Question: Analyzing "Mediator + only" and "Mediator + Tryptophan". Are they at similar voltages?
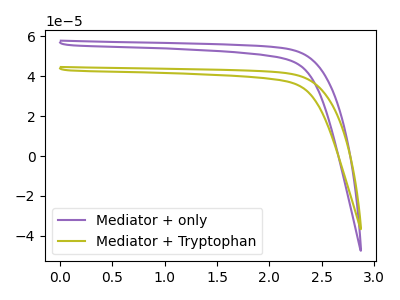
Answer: <think>The purple curve "Mediator + only" has no peaks. The olive curve "Mediator + Tryptophan" has no peaks.
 Neither "Mediator + only" or "Mediator + Tryptophan" have any peaks.</think>
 <answer>"Mediator + only" and "Mediator + Tryptophan" are similar in shape.</answer>
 <eval>same_shape</eval>